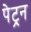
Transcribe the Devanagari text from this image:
पेट्रन